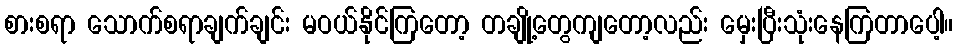
စားစရာ သောက်စရာချက်ချင်း မဝယ်နိုင်ကြတော့ တချို့တွေကျတော့လည်း မှေးပြီးသုံးနေကြတာပေါ့။